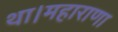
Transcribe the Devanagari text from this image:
था।महाराणा